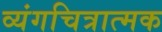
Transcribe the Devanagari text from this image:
व्यंगचित्रात्मक